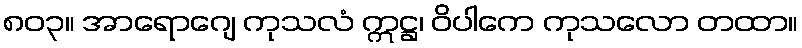
၈၀၃။ အာရောဂျေ ကုသလံ ဣဋ္ဌ၊ ဝိပါကေ ကုသလော တထာ။